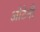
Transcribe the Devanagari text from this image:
ओटेनी